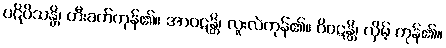
ပဋိပိသန္တိ၊ တီးခတ်ကုန်၏။ အာဝဋန္တိ၊ လူးလဲကုန်၏။ ဝိဝဋန္တိ၊ လှိမ့် ကုန်၏။